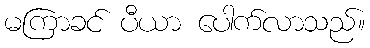
မကြာခင် ပီယာ ပေါက်လာသည်။